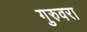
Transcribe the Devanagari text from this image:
गुरुवरा